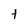
Character: t